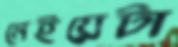
মেইয়েটা